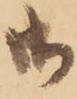
御